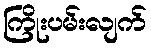
ကြိုးပမ်းလျက်